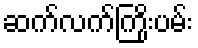
ဆက်လက်ကြိုးပမ်း